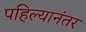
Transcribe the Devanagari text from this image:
पहिल्यानंतर